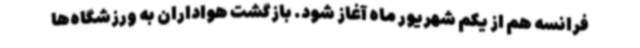
فرانسه هم از یکم شهریور ماه آغاز شود. بازگشت هواداران به ورزشگاه‌ها